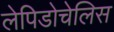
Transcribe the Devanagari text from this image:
लेपिडोचेलिस